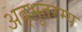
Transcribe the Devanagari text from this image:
अद्भूतरम्य